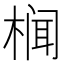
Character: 𮲷